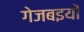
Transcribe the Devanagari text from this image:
गेजबइयों